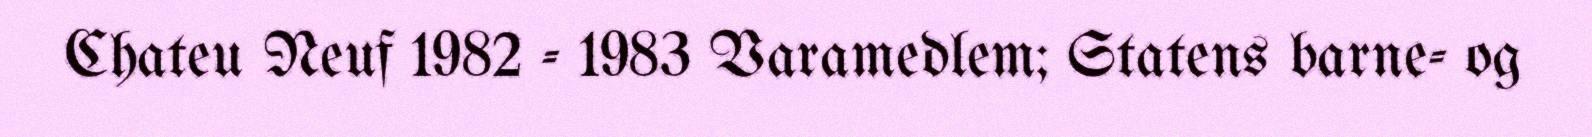
Chateu Neuf 1982 - 1983 Varamedlem; Statens barne- og